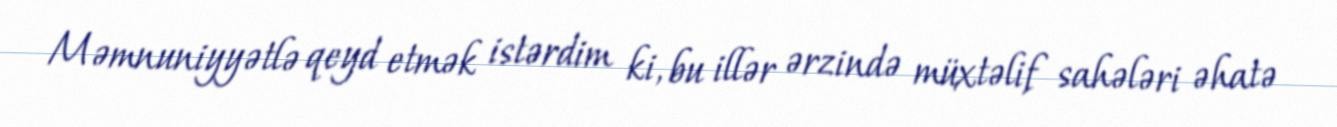
Məmnuniyyətlə qeyd etmək istərdim ki, bu illər ərzində müxtəlif sahələri əhatə